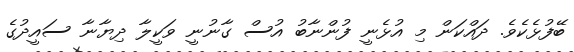
ބޭފުޅެކެވެ. ދައްކަން މި އުޅެނީ ފުންނާބު އުސް ގާނުނީ ވަކީލާ ދިޔާނާ ސައީދުގެ